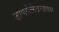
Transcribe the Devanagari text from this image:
जाणारेलेखनप्रकार